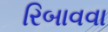
રિબાવવા